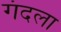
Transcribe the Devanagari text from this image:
गंदला